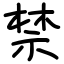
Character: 禁